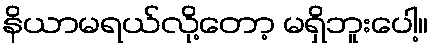
နိယာမရယ်လို့တော့ မရှိဘူးပေါ့။